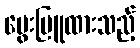
မွေးမြူထားသည့်